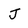
Character: J